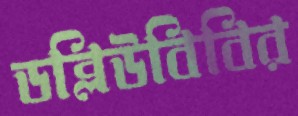
ডব্লিউবিবির